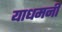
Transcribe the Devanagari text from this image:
याधमनी